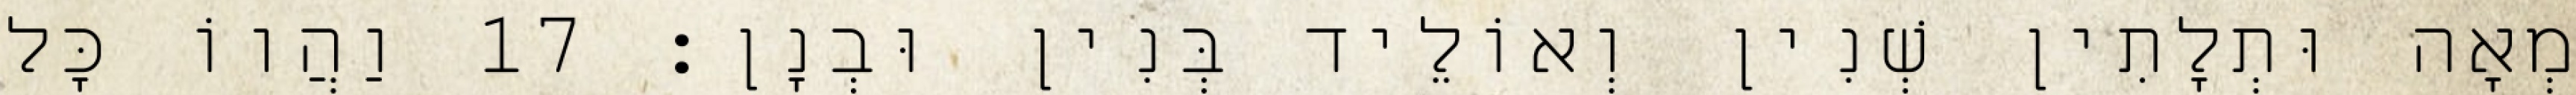
מְאָה וּתְלָתִין שְׁנִין וְאוֹלֵיד בְּנִין וּבְנָן׃ 17 וַהֲווֹ כָּל